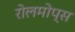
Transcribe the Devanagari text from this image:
रोलमोप्स